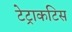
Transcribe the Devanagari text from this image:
टेट्राकटिस